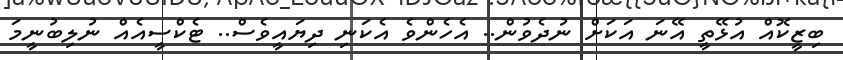
ބިޒީކޮއް އުޅޭތީ އޭނަ އަކަށް ނުދެވުން.. އެހެންވެ އެކަނި ދިޔައީވެސް.. ޓެކްސީއެއް ނުލިބުނީމަ